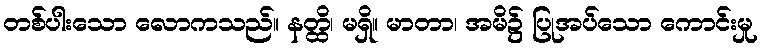
တစ်ပါးသော လောကသည်။ နတ္ထိ၊ မရှိ။ မာတာ၊ အမိ၌ ပြုအပ်သော ကောင်းမှု